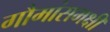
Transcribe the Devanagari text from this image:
गौमांसभक्षी